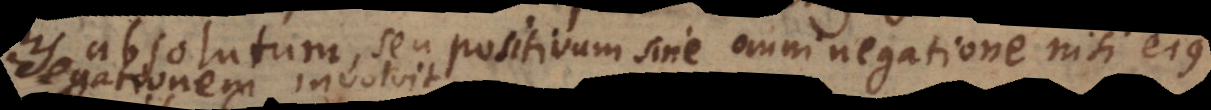
absolutum, seu positivum sine omni negatione nisi ejus